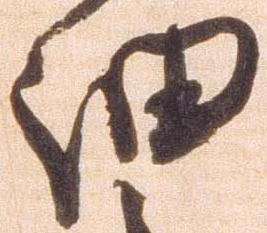
細